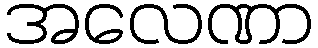
အလေဏာ